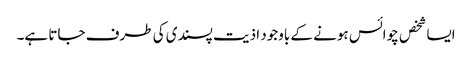
ایسا شخص چوائس ہونے کے باوجود اذیت پسندی کی طرف جاتا ہے۔